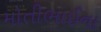
મોતીભાઈના